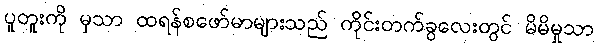
ပူတူးကို မှသာ ထရန်စဖော်မာများသည် ကိုင်းတက်ခွလေးတွင် မိမိမှုသာ